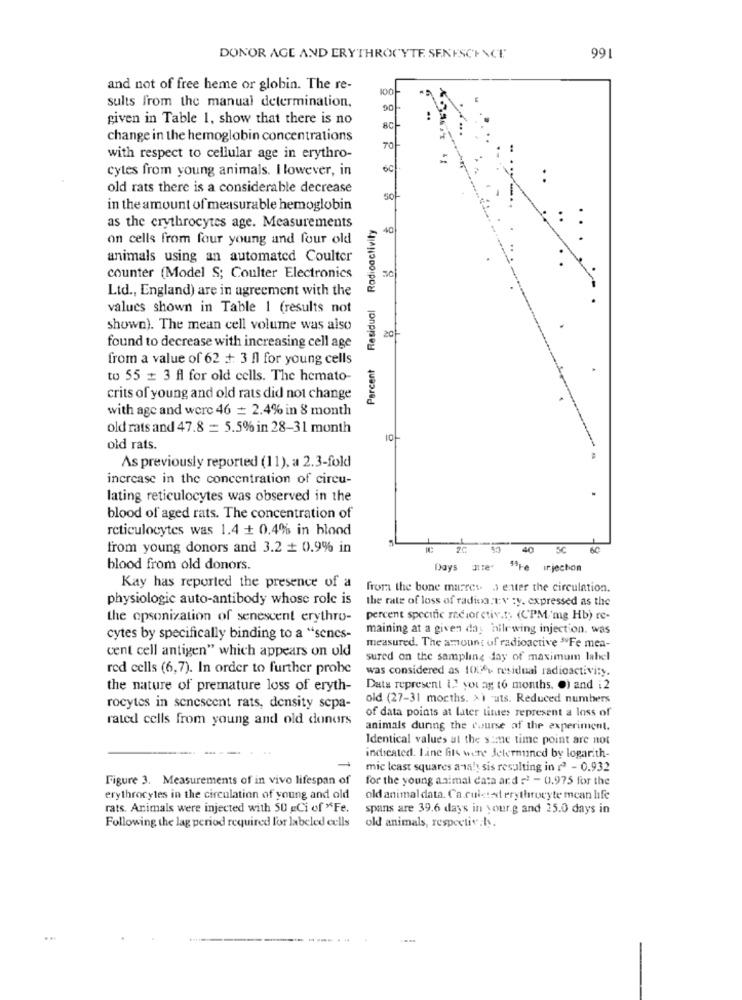
DONOR AGE AND ERYTHROCYTE. SENESCENCE
991
and not of free heme or globin. The re-
100
sults from the manual determination.
90
given in Table 1, show that there is no
8C
change in the hemoglobin concentrations
70
with respect to cellular age in erythro-
cytes from young animals. I lowever, in
6C
old rats there is a considerable decrease
8
in the amount of measurable hemoglobin
Percent Residual Radioactivity
as the erythrocytes age. Measurements
40
on cells from four young and four old
animals using an automated Coulter
counter (Model S; Coulter Electronics
Ltd ., England) are in agreement with the
values shown in Table 1 (results not
shown). The mean cell volume was also
20
found to decrease with increasing cell age
from a value of 62 + 3 Il for young cells
to 55 # 3 fl for old cells. The hemato-
crits of young and old rats did not change
with age and were 46 = 2.4% in 8 month
old rats and 47.8 = 5.5% in 28-31 month
O
old rats.
As previously reported (11), a 2.3-fold
increase in the concentration of circu-
lating reticulocytes was observed in the
blood of aged rats. The concentration of
reticulocytes was 1.4 + 0.4% in blood
from young donors and 3.2 + 0.9% in
40 5C
60
blood from old donors.
Days Inte"
5ºre irjechon
Kay has reported the presence of a
from the bone marret 5 enter the circulation.
physiologie auto-antibody whose role is
the rate of loss of radioa. tv :y. expressed as the
the opsonization of senescent erythro-
percent specific rcior ctiv.t. (CPM/'mg Hb) re-
maining at a given day hilewing injection. was
cytes by specifically binding to a "sencs-
cent cell antigen" which appears on old
measured. The amount of radioactive "Fe mea-
sured on the sampling day of maximum lahel
red cells (6,7). In order to further probe
was considered as 10Xff residual radioactivity.
the nature of premature loss of eryth-
Data represent 1.1 you ag (6 months. O) and i 2
old (27-31 months. >\ -uts. Reduced numbers
rocytes in senescent rats, density sepa-
rated cells from young and old donors
of data points at later tintes represent a loss of
animals during the course of the experiment.
Identical values at the same time point are not
indicated. Line fits were determined by logarith-
mic least squares analy sis resulting in 12 - 0.932
Figure 3. Measurements of in vivo lifespan of
for the young animal data and 22 - 0.975 for the
erythrocytes in the circulation of young and old
old animal data. Ca.culated erythrocyte mcan life
rats. Animals were injected with 50 gCi of "Fe.
spans are 39.6 days in your.g and 25.0 days in
Following the lag period required for labeled cells
old animals, respectively.